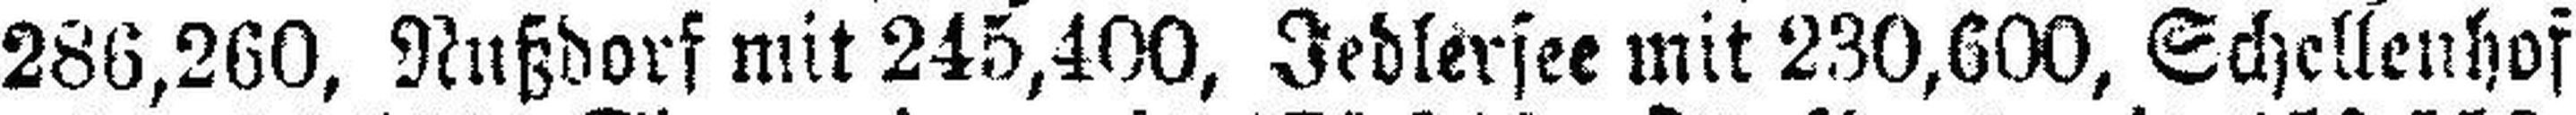
286,260, Nußdorf mit 245,400, Jedlersee mit 230,600, Schellenhof